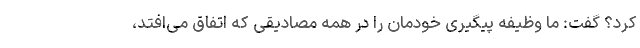
کرد؟ گفت: ما وظیفه پیگیری خودمان را در همه مصادیقی که اتفاق می‌افتد،